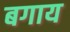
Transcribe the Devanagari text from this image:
बगाय